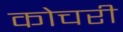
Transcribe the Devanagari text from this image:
कोचरी